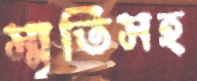
স্মৃতিসহ